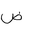
Letter: _dad